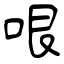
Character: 哏